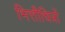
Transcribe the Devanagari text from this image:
भित्तीचित्रों